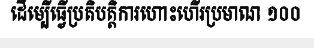
ដើម្បើធ្វើប្រតិបត្តិការហោះហើរប្រមាណ ១០០